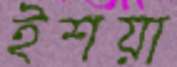
ইশয়া